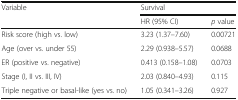
<table><thead><tr><td rowspan="2"><b>Variable</b></td><td colspan="2"><b>Survival</b></td></tr><tr><td><b>HR (95% CI)</b></td><td><b><i>p</i> value</b></td></tr></thead><tbody><tr><td>Risk score (high vs. low)</td><td>3.23 (1.37–7.60)</td><td>0.00721</td></tr><tr><td>Age (over vs. under 55)</td><td>2.29 (0.938–5.57)</td><td>0.0688</td></tr><tr><td>ER (positive vs. negative)</td><td>0.413 (0.158–1.08)</td><td>0.0703</td></tr><tr><td>Stage (I, II vs. III, IV)</td><td>2.03 (0.840–4.93)</td><td>0.115</td></tr><tr><td>Triple negative or basal-like (yes vs. no)</td><td>1.05 (0.341–3.26)</td><td>0.927</td></tr></tbody></table>